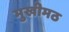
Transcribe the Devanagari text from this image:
मुखीमठ